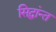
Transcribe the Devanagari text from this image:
सिद्धांन्त